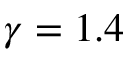
\gamma = 1 . 4